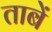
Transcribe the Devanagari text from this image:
ताबें